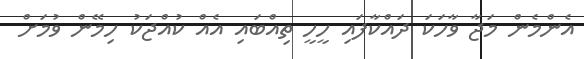
އެންމެން މަޖާ ވާހަކަ ދައްކާފައި ހީހީ ތިއްބައި އެއް ކުއްޖަކު ހިމޭން ވުމަށް